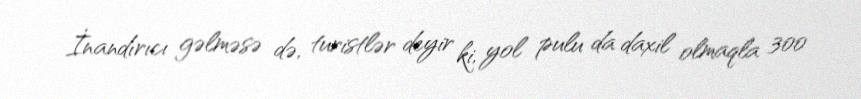
İnandırıcı gəlməsə də, turistlər deyir ki, yol pulu da daxil olmaqla 300